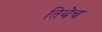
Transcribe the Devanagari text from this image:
तिथेेच